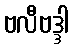
ဗလီဗဒ္ဒါ